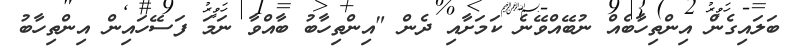
ބަލައިގެން އިންތިހާބެއް ނުބޭއްވޭނެ ކަމަށާއި ދެން "އިންތިހާބު ބާއްވާ ނަމަ ފަސޭހައިން އިންތިހާބު